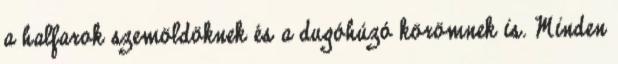
a halfarok szemöldöknek és a dugóhúzó körömnek is. Minden